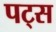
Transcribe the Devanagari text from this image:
पट्स